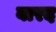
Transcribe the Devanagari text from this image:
बारद